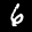
Label: 6